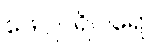
ဖေဂ္ဂုပရိဝါရော